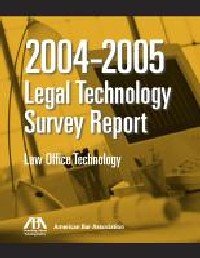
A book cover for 2004-2005 Legal Technology Survey Report: Law Office Technology (1); Law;